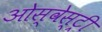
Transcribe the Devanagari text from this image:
ओस्वेस्ट्री